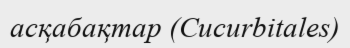
асқабақтар (Cucurbitales)